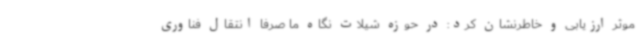
موثر ارزیابی و خاطرنشان کرد: در حوزه شیلات نگاه ما صرفا انتقال فناوری